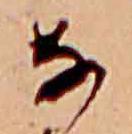
な